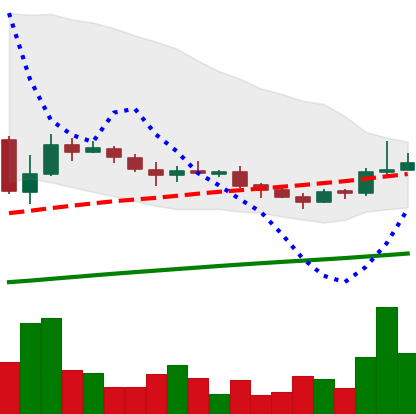
Ticker: LINK-USD
Chart end date: 2019-08-04
Forward return: -12.753%
Label: down_7plus